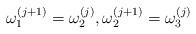
LaTeX: \begin{align*}\omega_1^{(j+1)} = \omega_2^{(j)}, \omega_2^{(j+1)} = \omega_3^{(j)}\end{align*}